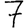
Digit: 7